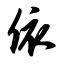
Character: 依